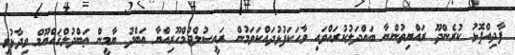
ފާދިއްޕޮޅު ކުރެންދޫ ރައްޔިތުންނާ ބައްދަލުކުރައްވައި ވާހަކަފުޅުދައްކަވަމުން ރައީސުލްޖުމްހޫރިއްޔާ ޢަބްދު ޔާމީން ޢަބްދުލްޤައްޔޫމް ވިދާޅުވީ